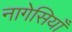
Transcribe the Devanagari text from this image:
नागेसियाँ